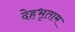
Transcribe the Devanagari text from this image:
देहभृताम